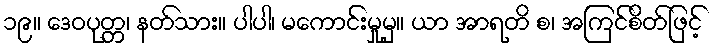
၁၉။ ဒေဝပုတ္တ၊ နတ်သား။ ပါပါ၊ မကောင်းမှုမှ။ ယာ အာရတိ စ၊ အကြင်စိတ်ဖြင့်